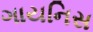
ગાયનિસ